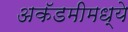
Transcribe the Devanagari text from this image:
अकॅडमीमध्ये